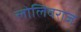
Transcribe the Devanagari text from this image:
लोलिवराज